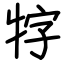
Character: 牸